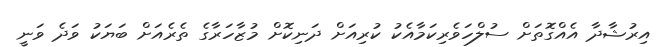
އިރުޝާދާ އެއްގޮތަށް ސުލްހަވެރިކަމާއެކު ކުރިއަށް ދަނިކޮށް މުޒާހަރާގެ ތެރެއަށް ބަޔަކު ވަދެ ވަނީ